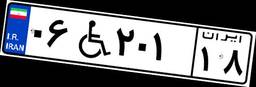
۰۶W۲۰۱۱۸